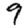
Digit: 9